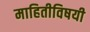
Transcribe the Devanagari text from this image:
माहितीविषयी